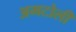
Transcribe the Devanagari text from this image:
अमटोली